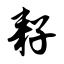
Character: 耔